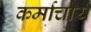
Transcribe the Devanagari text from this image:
कर्माचार्य